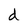
Character: d